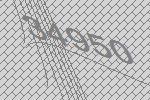
34950